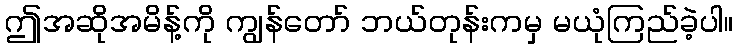
ဤအဆိုအမိန့်ကို ကျွန်တော် ဘယ်တုန်းကမှ မယုံကြည်ခဲ့ပါ။